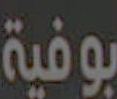
بوفية